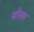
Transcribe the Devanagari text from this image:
साँख्य